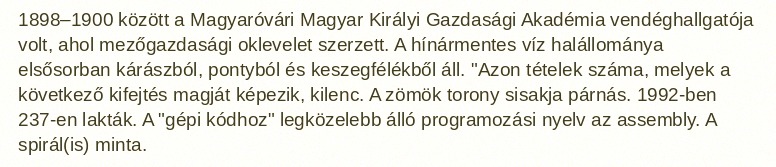
1898–1900 között a Magyaróvári Magyar Királyi Gazdasági Akadémia vendéghallgatója volt, ahol mezőgazdasági oklevelet szerzett. A hínármentes víz halállománya elsősorban kárászból, pontyból és keszegfélékből áll. "Azon tételek száma, melyek a következő kifejtés magját képezik, kilenc. A zömök torony sisakja párnás. 1992-ben 237-en lakták. A "gépi kódhoz" legközelebb álló programozási nyelv az assembly. A spirál(is) minta.